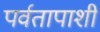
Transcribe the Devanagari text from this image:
पर्वतापाशी